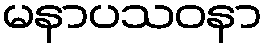
မနာပသဝနာ